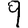
Digit: 9